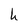
Character: h